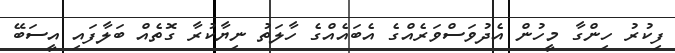
ފިކުރު ހިންގާ މީހުން އެދުވަސްވަރެއްގެ އެބައެއްގެ ހާލަތު ނިޔާކުރާ ގޮތެއް ބަލާފައި އީސަބޭ